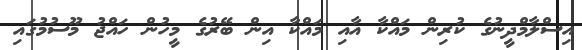
އިސްލާމްދީނުގެ ކުރިން މައްކާ އާއި މައްކާ އިން ބޭރުގެ މީހުން ހައްޖު މޫސުމުގައި